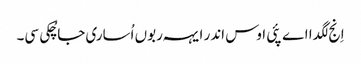
اِنج لگدا اے پئی اوس اندر ایہہ ربوں اُساری جا چُکی سی۔